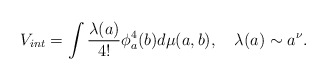
\begin{align*}V_{int} =\int \frac{\lambda(a)}{4!} \phi^4_a(b) d\mu(a,b),\quad \lambda(a)\sim a^\nu.\end{align*}